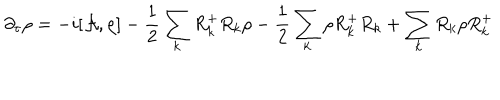
\partial _ { \tau } \rho = - i [ { \cal A } , \rho ] - \frac { 1 } { 2 } \sum _ { k } R _ { k } ^ { + } R _ { k } \rho - \frac { 1 } { 2 } \sum _ { k } \rho R _ { k } ^ { + } R _ { k } + \sum _ { k } R _ { k } \rho R _ { k } ^ { + }